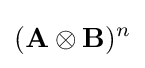
(\mathbf {A} \otimes \mathbf {B} )^{n}